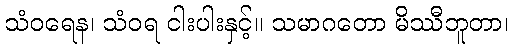
သံဝရေန၊ သံဝရ ငါးပါးနှင့်။ သမာဂတော မိဿီဘူတာ၊